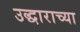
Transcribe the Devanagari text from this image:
उद्धाराच्या